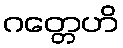
ဂတ္တေဟိ